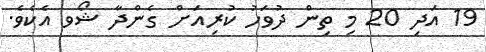
19 އަދި 20 މި ތިން ދުވަހު ކުރިއަށް ގެންދާ ޝޯވ އެކެވެ.